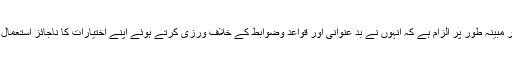
ان پر مبینہ طور پر الزام ہے کہ انہوں نے بد عنوانی اور قواعد وضوابط کے خلاف ورزی کرتے ہوئے اپنے اختیارات کا ناجائز استعمال کیا۔